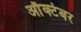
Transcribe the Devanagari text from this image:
आॅक्टेबर